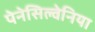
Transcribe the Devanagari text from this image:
पेनेसिल्वेनिया